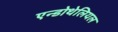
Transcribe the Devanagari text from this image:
एन्डोथेलियल